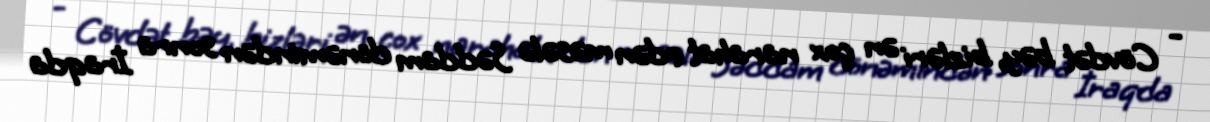
- Cövdət bəy, bizləri ən çox narahat edən məsələ Səddam dönəmindən sonra İraqda